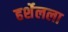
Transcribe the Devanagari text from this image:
हर्शेलला